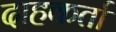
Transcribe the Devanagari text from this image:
दाहकर्ता